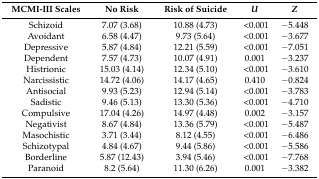
| MCMI-III Scales | No Risk | Risk of Suicide | U | Z |
 | --- | --- | --- | --- | --- |
 | Schizoid | 7.07 (3.68) | 10.88 (4.73) | <0.001 | −5.448 |
 | Avoidant | 6.58 (4.47) | 9.73 (5.64) | <0.001 | −3.677 |
 | Depressive | 5.87 (4.84) | 12.21 (5.59) | <0.001 | −7.051 |
 | Dependent | 7.57 (4.73) | 10.07 (4.91) | 0.001 | −3.237 |
 | Histrionic | 15.03 (4.14) | 12.34 (5.10) | <0.001 | −3.610 |
 | Narcissistic | 14.72 (4.06) | 14.17 (4.65) | 0.410 | −0.824 |
 | Antisocial | 9.93 (5.23) | 12.94 (5.14) | <0.001 | −3.783 |
 | Sadistic | 9.46 (5.13) | 13.30 (5.36) | <0.001 | −4.710 |
 | Compulsive | 17.04 (4.26) | 14.97 (4.48) | 0.002 | −3.157 |
 | Negativist | 8.67 (4.84) | 13.36 (5.79) | <0.001 | −5.487 |
 | Masochistic | 3.71 (3.44) | 8.12 (4.55) | <0.001 | −6.486 |
 | Schizotypal | 4.84 (4.67) | 9.44 (5.86) | <0.001 | −5.586 |
 | Borderline | 5.87 (12.43) | 3.94 (5.46) | <0.001 | −7.768 |
 | Paranoid | 8.2 (5.64) | 11.30 (6.26) | 0.001 | −3.382 |